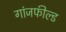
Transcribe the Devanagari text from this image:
गांजफील्ड